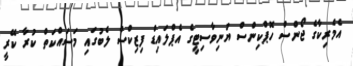
އެމެރިކާގެ ޖޯންސް ހޮޕްކިންސް ޔުނިވާސިޓީގެ އެޕްލައިޑް ފިޒިކްސް ލެބުގައި މަސައްކަތް ކުރާ ކޭރީ